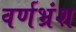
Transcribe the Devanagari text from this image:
वर्णभ्रंश